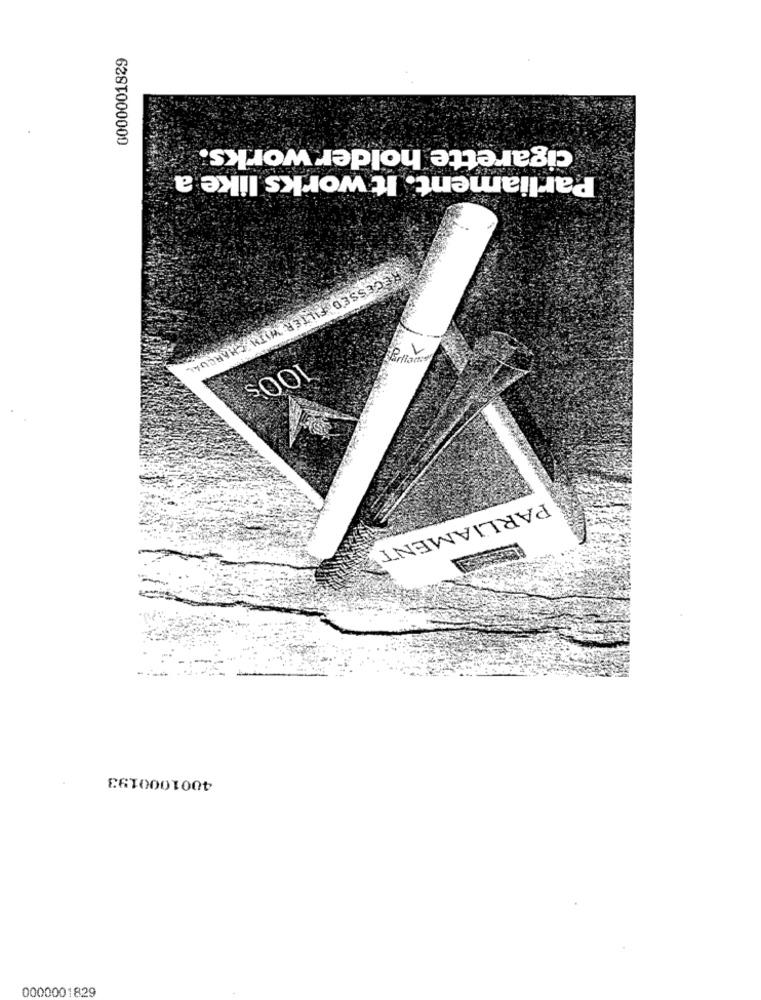
0000001829
cigarette holder works.
Parliament. It works like a
1
Billons
RECESSED FILTER WITH CHARCOAL
100's
PARLIAMENT
4001000193
0000001829